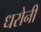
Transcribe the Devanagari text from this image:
धरोनी